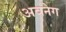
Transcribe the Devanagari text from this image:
अवनेग